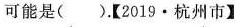
可能是( )。【2019·杭州市】